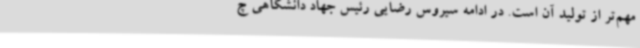
مهم‌تر از تولید آن است. در ادامه سیروس رضایی رئیس جهاد دانشگاهی چ